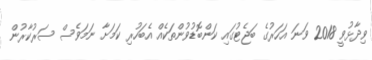
ވިދާޅުވީ 2018 ވަނަ އަހަރުގެ ބަޖެޓުގައި ކަންބޮޑުވުންތަކެއް އެބަހުރި ކަމަށާ ނަމަވެސް ސަރުކާރުން